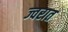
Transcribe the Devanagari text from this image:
ज्वरात